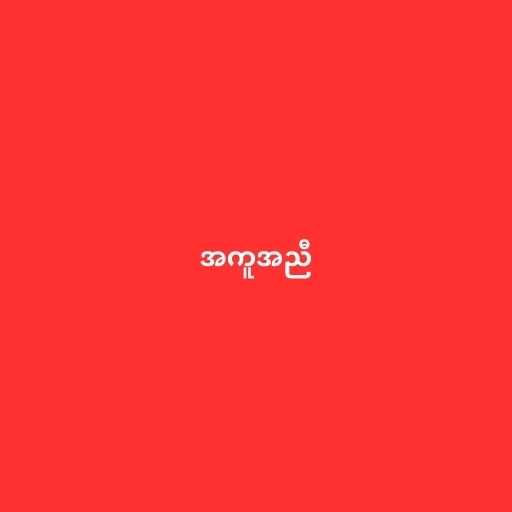
အကူအညီ